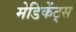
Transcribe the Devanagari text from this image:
मेडिकेंट्स